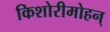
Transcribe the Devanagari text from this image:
किशोरीमोहन्